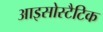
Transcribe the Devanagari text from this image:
आइसोस्टैटिक